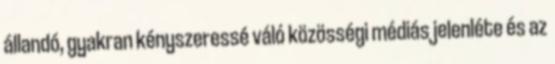
állandó, gyakran kényszeressé váló közösségi médiás jelenléte és az